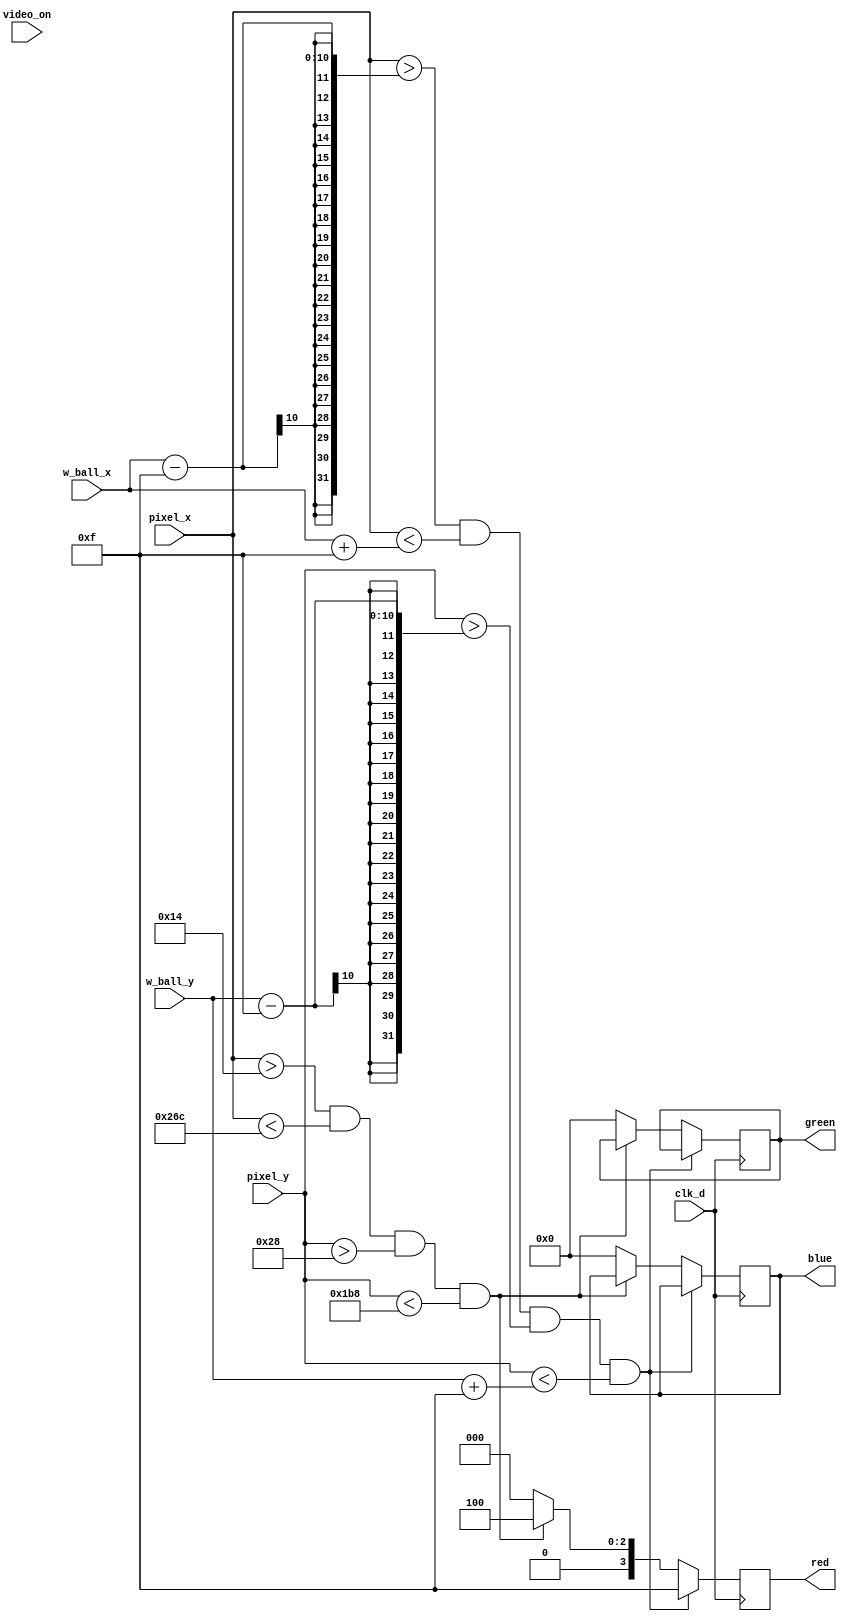
`timescale 1ns / 1ps

module pix_gen_pool(
    input clk_d,
    input [9:0] pixel_x,
    input [9:0] pixel_y,
    input [9:0] w_ball_x,
    input [9:0] w_ball_y,
    input video_on,
    output reg[3:0] red = 2,
    output reg[3:0] green = 2,
    output reg[3:0] blue = 2
    );
    
    localparam bg_border = 'h743;
    localparam bg_board = 'h596;
    
    always @(posedge clk_d)
    begin
        if (pixel_x > w_ball_x - 15 & pixel_x < w_ball_x + 15 & pixel_y > w_ball_y - 15 & pixel_y < w_ball_y + 15)
            red <= 4'hf;
        else
        begin
            if (pixel_x > 20 & pixel_x < 620 & pixel_y > 40 & pixel_y < 440)
            begin
                  red <= 4'h4;
            
//                if (pixel_x < 40 | pixel_x > 600 | pixel_y < 60 | pixel_y > 420)
//                    red <= 4'h4;
//                else
//                    red <= 4'h1;
            end
            else
                {red, green, blue} <= 12'h0;
        end
    end
endmodule